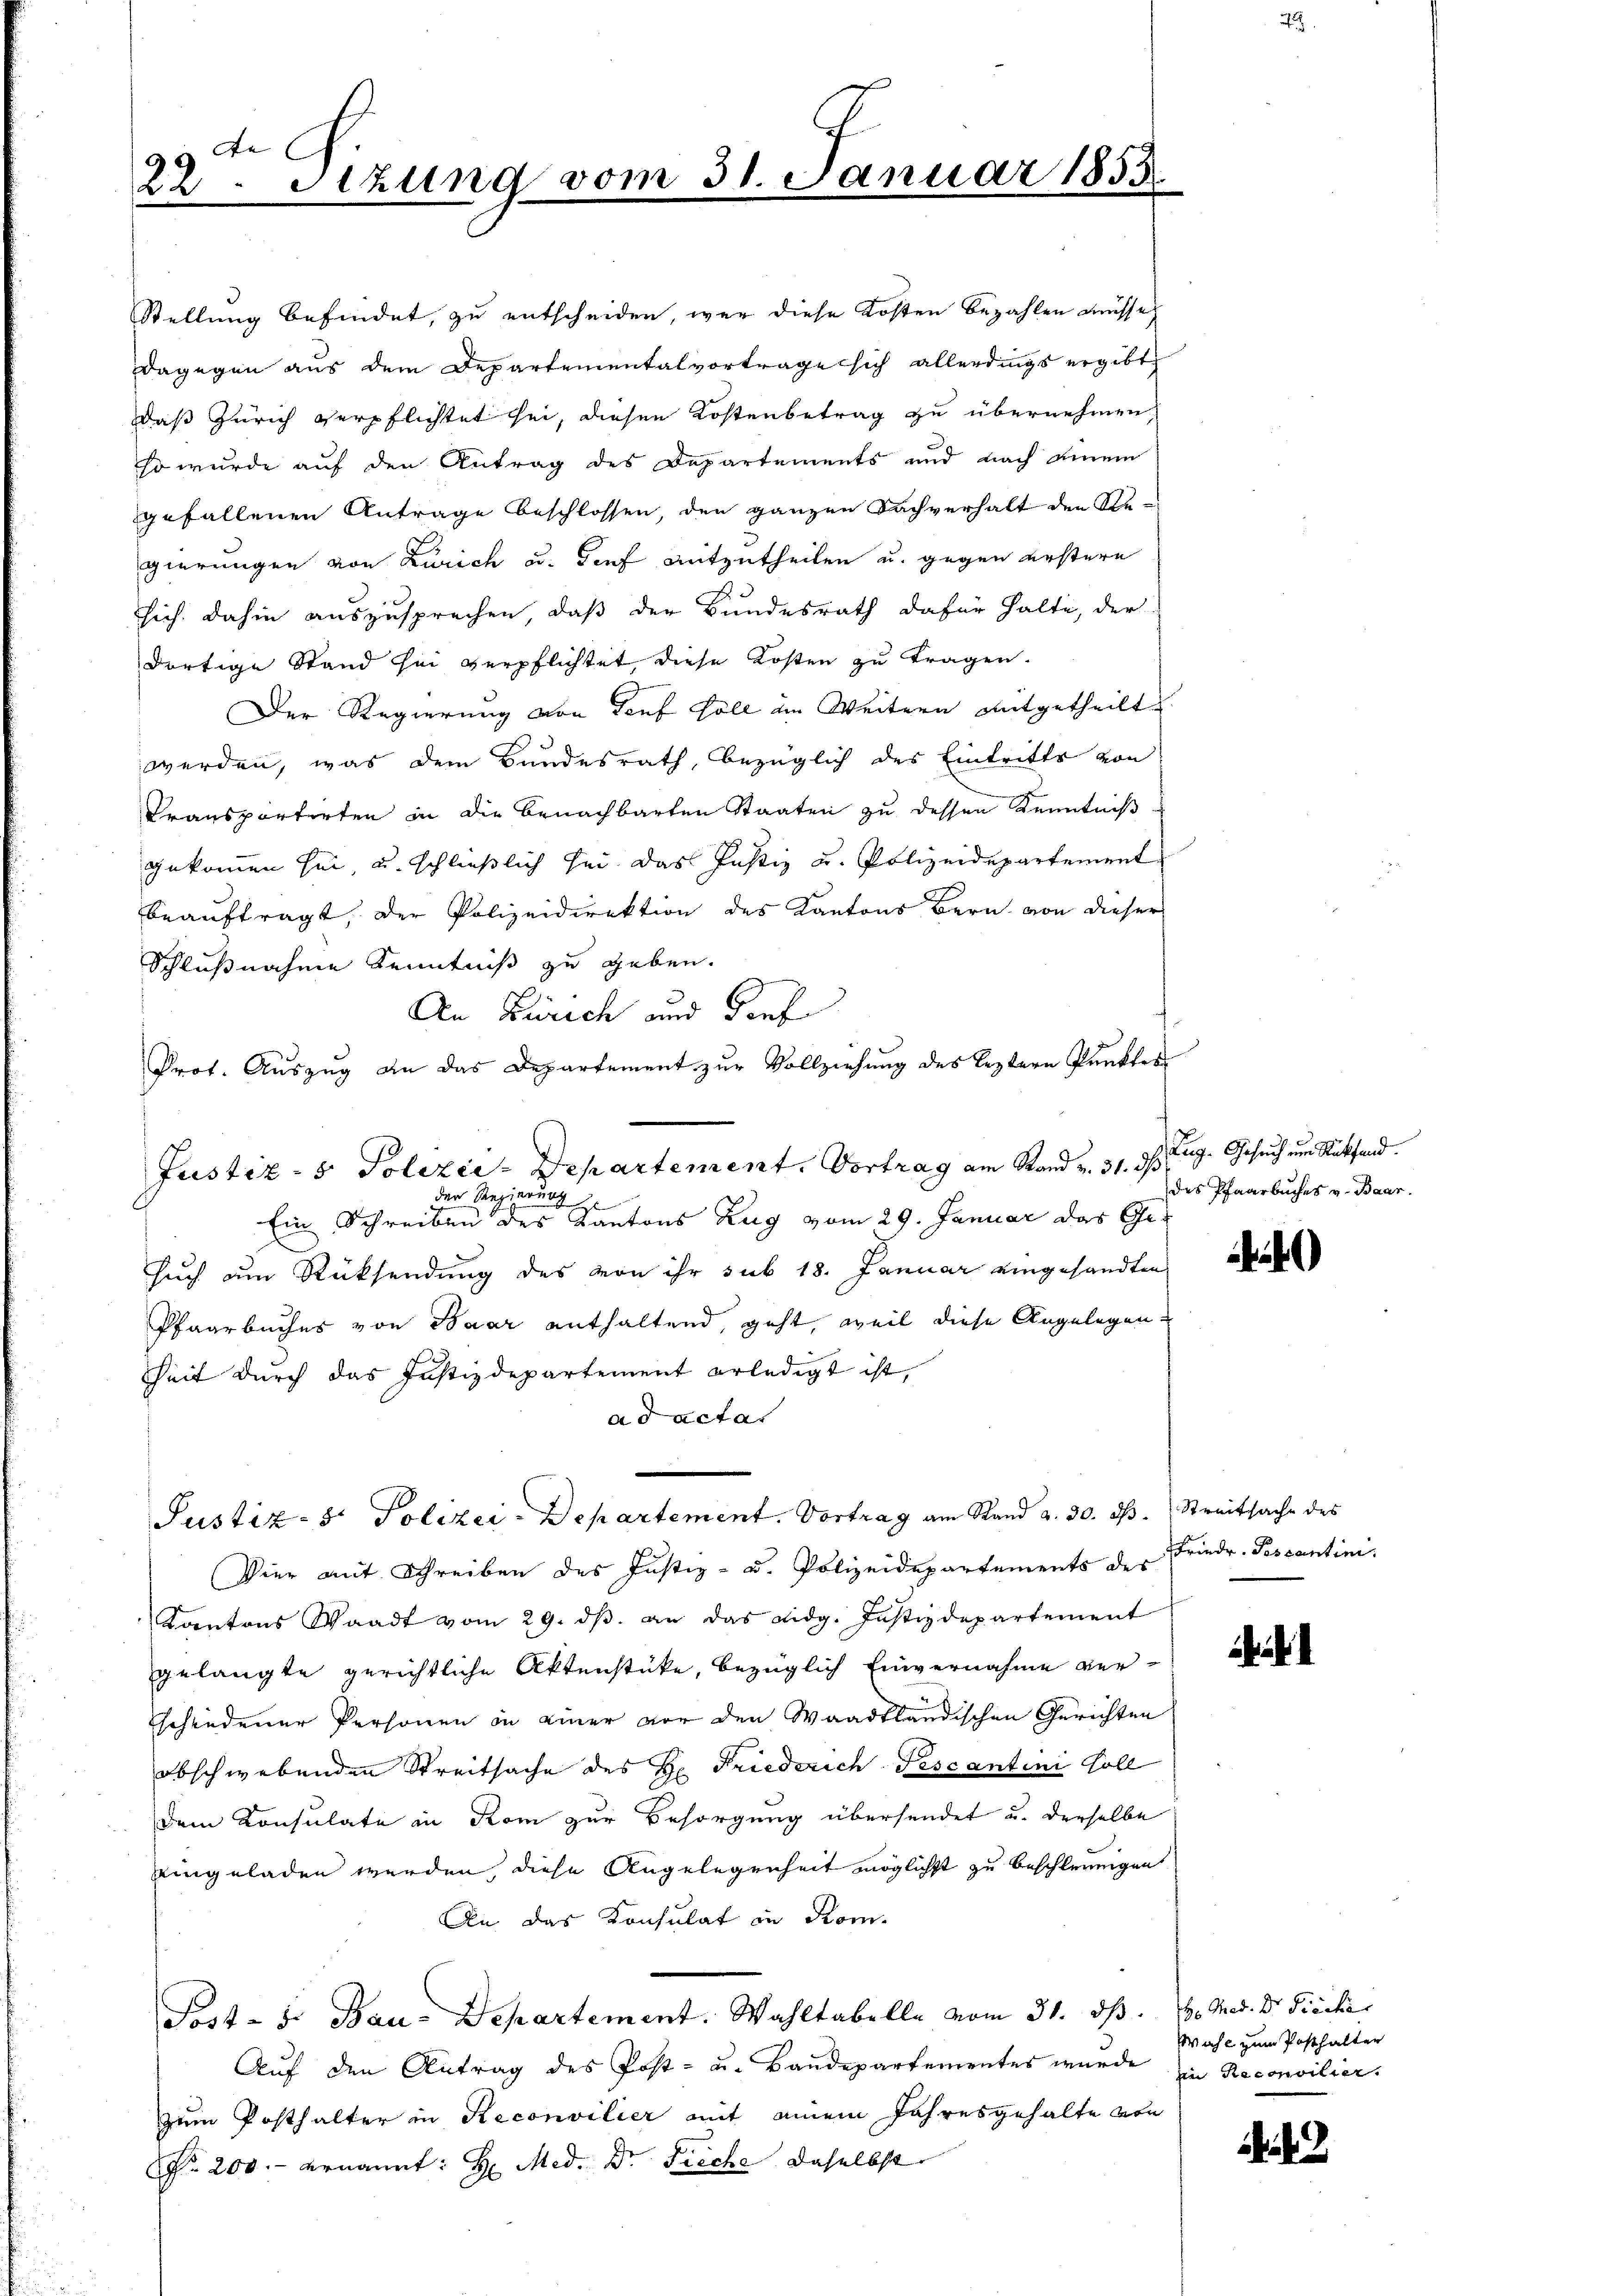
Ae
22. Sitzung vom 31. Januar 1853

Stellung befindet, zu entscheiden, war diese Kosten bezahlen müsse,
dagegen aus dem Departementalvortrage sich allerdings ergibt
daß Zürich verpflichtet sei, diesen Kostenbetrag zu übernehmen,
so wurde auf den Antrag des Departements und nach einem
gefallenen Antrage beschlossen, den ganzen Sachverhalt den Re-
gierungen von Zürich u. Genf mitzutheilen u. gegen erstere
sich dahin auszusprechen, daß der Bundesrath dafür halte, der
dortige Stand sei verpflichtet, diese Kosten zu tragen.
Der Regierung von Teuf soll im Weitern mitgetheilt
werden, was dem Bundesrath, bezüglich des Eintritte von
Transporterten in die Benachbarten Staaten zu dessen Kenntniß
gekommen sei, u. schließlich sei das Justiz u. Polizeidepartement
beauftragt, der Polizeidirektion des Kantons Bern, von dieser
Schlußnahme Kenntniß zu geben.
An Zürich und dies
Prot. Auszug an das Departement zur Vollziehung des leztern Punktes
Ein Schreiben des Kantons Zug vom 29. Januar das Gesuch um Rücksendung des von ihr sub 18. Januar eingesandten
Pfaarbuches von Baar enthaltend, geht, weil diese Angelegen¬
Zeit durch das Justizdepartement erledigt ist,
ad actat
Justiz- & Polizei-Departement. Vortrag am Stand a. 30. ds. Streitsache des
Vier mit Schreiben des Justiz- u. Polizeidepartements der Frieder-Pescantini
Kantons Waadt vom 29. dβ an das eidg. Justizdepartement
gelangte gerichtliche Aktenstücke, bezüglich Einvernahme verschiedener Personen in einer vor den Waadtländischen Gerichten
obschwebenden Streitsache des Hr. Friederich-Fescantini soll
Dem Konsulate in Rom zur Besorgung übersendet u. derselbe
eingeladen werden, diese Angelegenheit möglichst zu beschleunigen
An das Konsulat in Kom-
Post - 5. Bau-Departement. Wahltabelle vom 31. ds. v. Med. Dr. Sieche
Auf den Antrag des Post- u. Baudepartementes wurde in Reconsilier.
zum Posthalter in Reconvilier mit einem Jahresgehalte von
Nr. 200.- ernannt: H. Med. Dr. Fieche daselbst

Justiz- & Polizie-Departement. Vortrag am Stand v. 31. ds
der Regierung zu

Zug. Gesuch ein Stokfand.
des Pfarrbuches v. Baar.

)

Wahl zum Posthalter

i